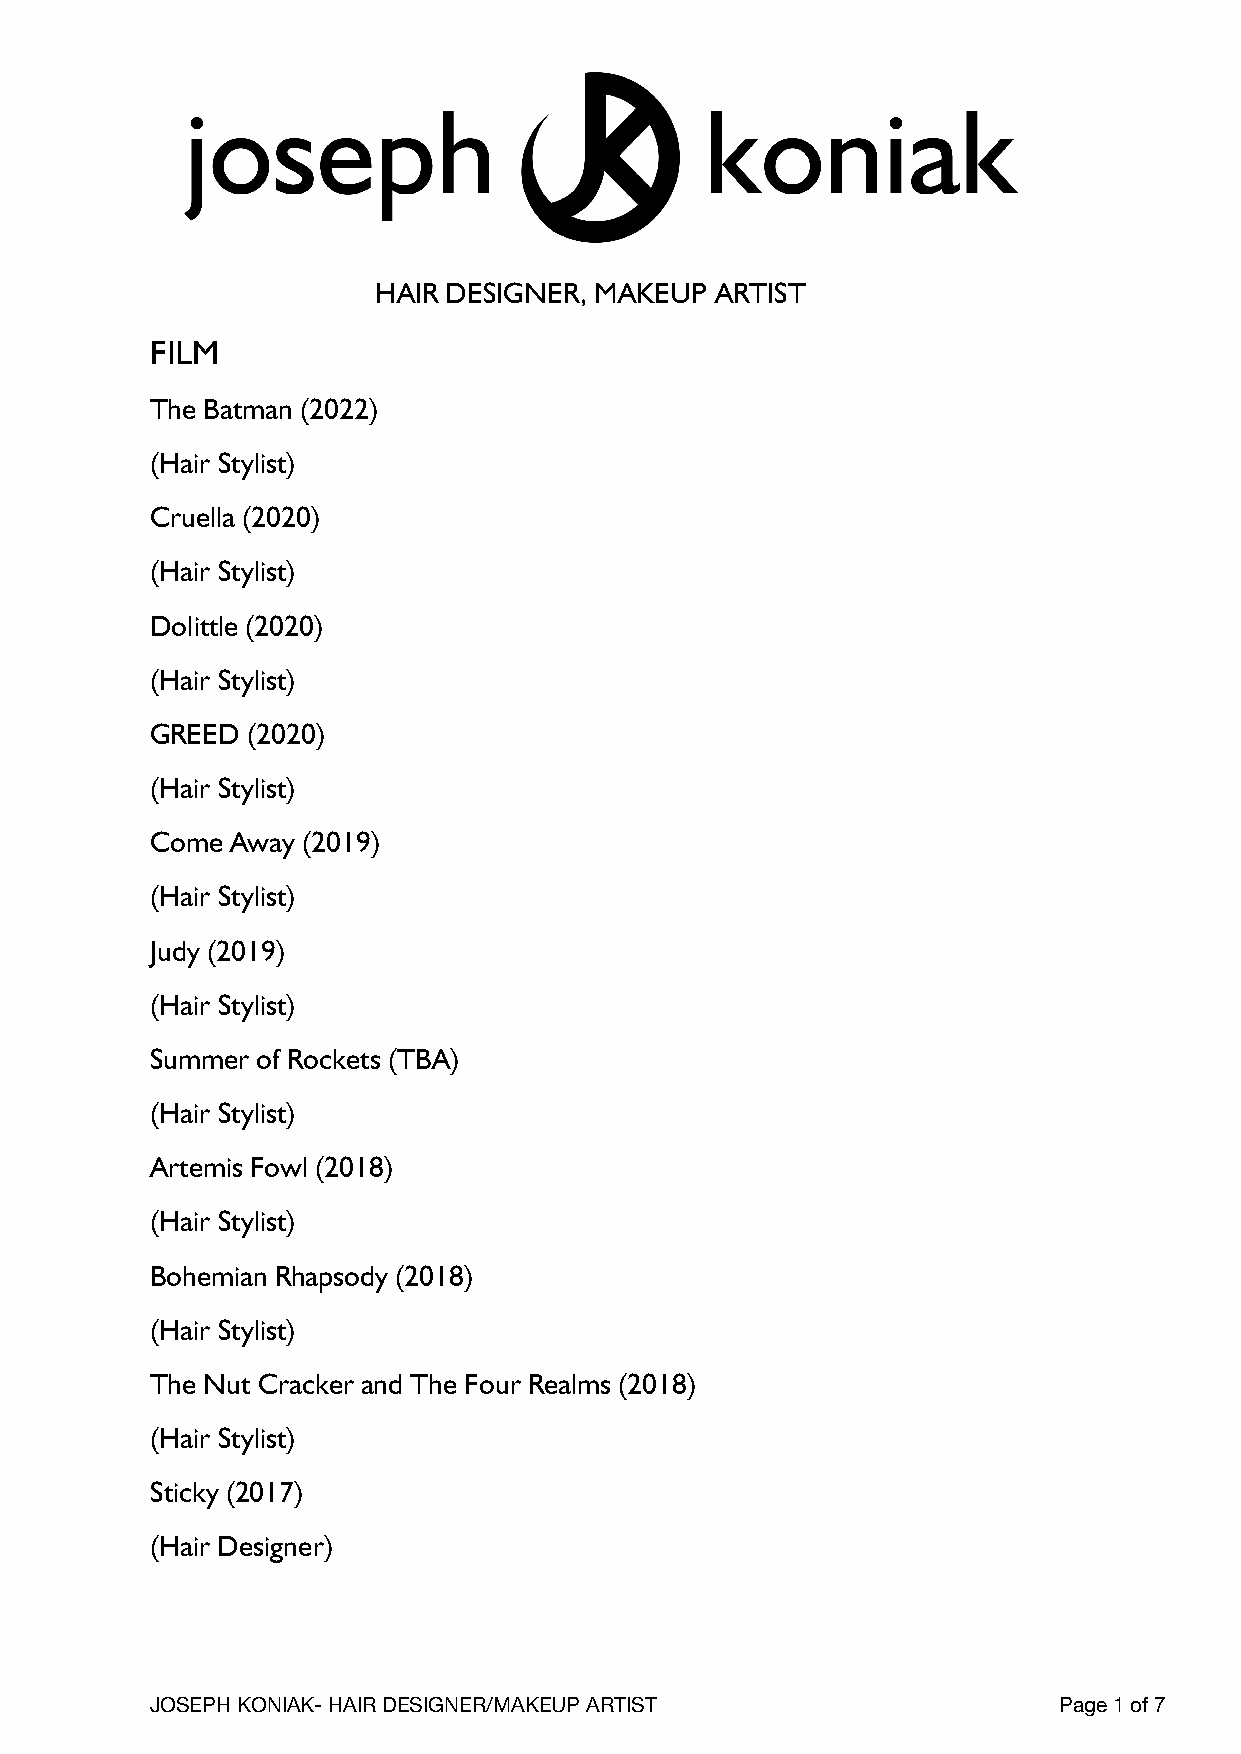
HAIR DESIGNER, MAKEUP ARTIST
 FILM
 The Batman (2022)
 (Hair Stylist)
 Cruella (2020)
 (Hair Stylist)
 Dolittle (2020)
 (Hair Stylist)
 GREED (2020)
 (Hair Stylist)
 Come Away (2019)
 (Hair Stylist)
 Judy (2019)
 (Hair Stylist)
 Summer of Rockets (TBA)
 (Hair Stylist)
 Artemis Fowl (2018)
 (Hair Stylist)
 Bohemian Rhapsody (2018)
 (Hair Stylist)
 The Nut Cracker and The Four Realms (2018)
 (Hair Stylist)
 Sticky (2017)
 (Hair Designer)
 JOSEPH KONIAK- HAIR DESIGNER/MAKEUP ARTIST                  Page 1 of 7